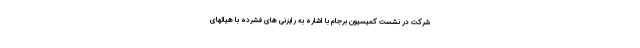
شرکت در نشست کمیسیون برجام با اشاره به رایزنی های فشرده با هیاتهای